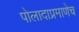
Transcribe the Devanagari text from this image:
पोलादाप्रमाणेच